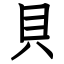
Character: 貝